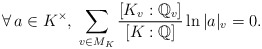
\begin{align*}\forall\, a\in K^{\times},\; \sum_{v\in M_K}\frac{[K_v:\mathbb Q_{v}]}{[K:\mathbb Q]}\ln |a|_v=0.\end{align*}